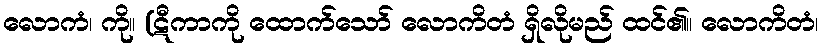
လောကံ၊ ကို။ (ဋီကာကို ထောက်သော် လောကိတံ ရှိလိုမည် ထင်၏။ လောကိတံ၊